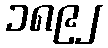
၁၈၉၂